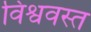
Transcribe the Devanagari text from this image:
विश्ववस्त